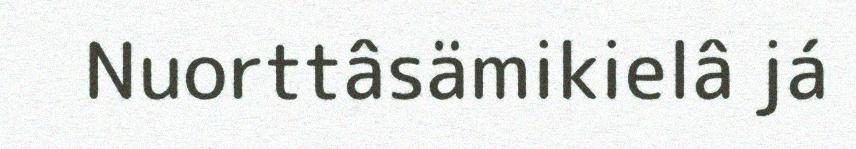
Nuorttâsämikielâ já